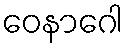
ဝေနာဂေါ